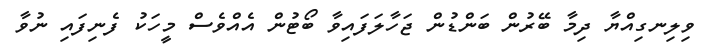
ވިލިނގިއްޔާ ދިމާ ބޭރުން ބަންޑުން ޖަހާލަފައިވާ ބޯޓުން އެއްވެސް މީހަކު ފެނިފައި ނުވާ